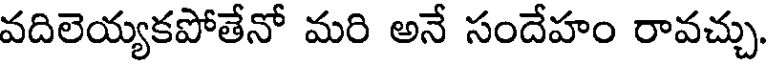
వదిలెయ్యకపోతేనో మరి అనే సందేహం రావచ్చు.